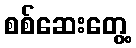
စစ်ဆေးတွေ့